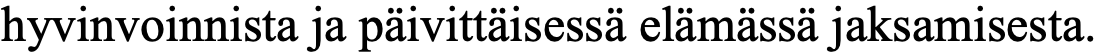
hyvinvoinnista ja päivittäisessä elämässä jaksamisesta.